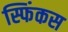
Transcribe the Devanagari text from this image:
स्फिंकस